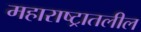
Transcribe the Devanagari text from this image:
महाराष्ट्रातलील